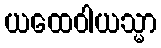
ယထေဝါယသ္မာ